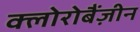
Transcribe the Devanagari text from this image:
क्लोरोबैंज़ीन